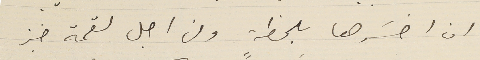
ان اخسَرها بلحظةٍ ومن اجل لقمة خبز